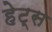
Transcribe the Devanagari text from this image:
हेट्स